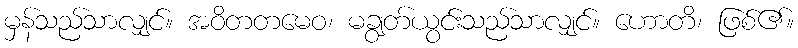
မှန်သည်သာလျှင်။ အဝိတတမေဝ၊ မချွတ်ယွင်းသည်သာလျှင်။ ဟောတိ၊ ဖြစ်၏။